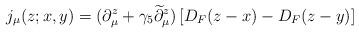
LaTeX: \begin{align*}j_\mu(z;x,y)=(\partial_\mu^z+\gamma_5\widetilde\partial_\mu^z)\left[D_F(z-x) -D_F(z-y)\right]\end{align*}